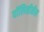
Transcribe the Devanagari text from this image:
पॉलिसीतील